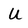
Character: U